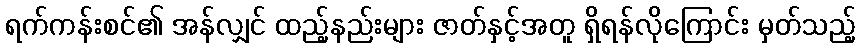
ရက်ကန်းစင်၏ အန်လျှင် ထည့်နည်းများ ဇာတ်နှင့်အတူ ရှိရန်လိုကြောင်း မှတ်သည့်